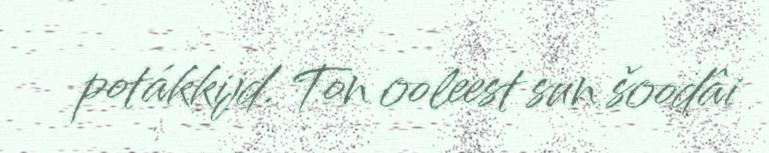
potákkijd. Ton ooleest sun šoodâi